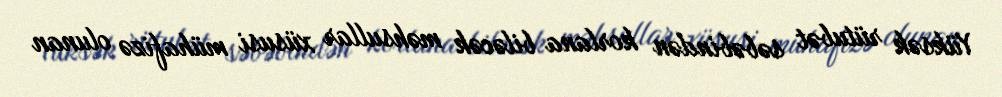
Yüksək rütubət səbəbindən korlana biləcək məhsullar xüsusi mühafizə olunan